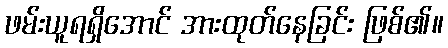
ဖမ်းယူရရှိအောင် အားထုတ်နေခြင်း ဖြစ်၏။